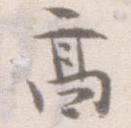
高